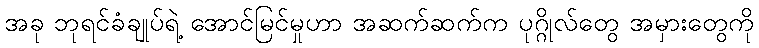
အခု ဘုရင်ခံချုပ်ရဲ့ အောင်မြင်မှုဟာ အဆက်ဆက်က ပုဂ္ဂိုလ်တွေ အမှားတွေကို